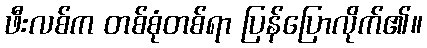
ဖီးလစ်က တစ်စုံတစ်ရာ ပြန်ပြောလိုက်၏။